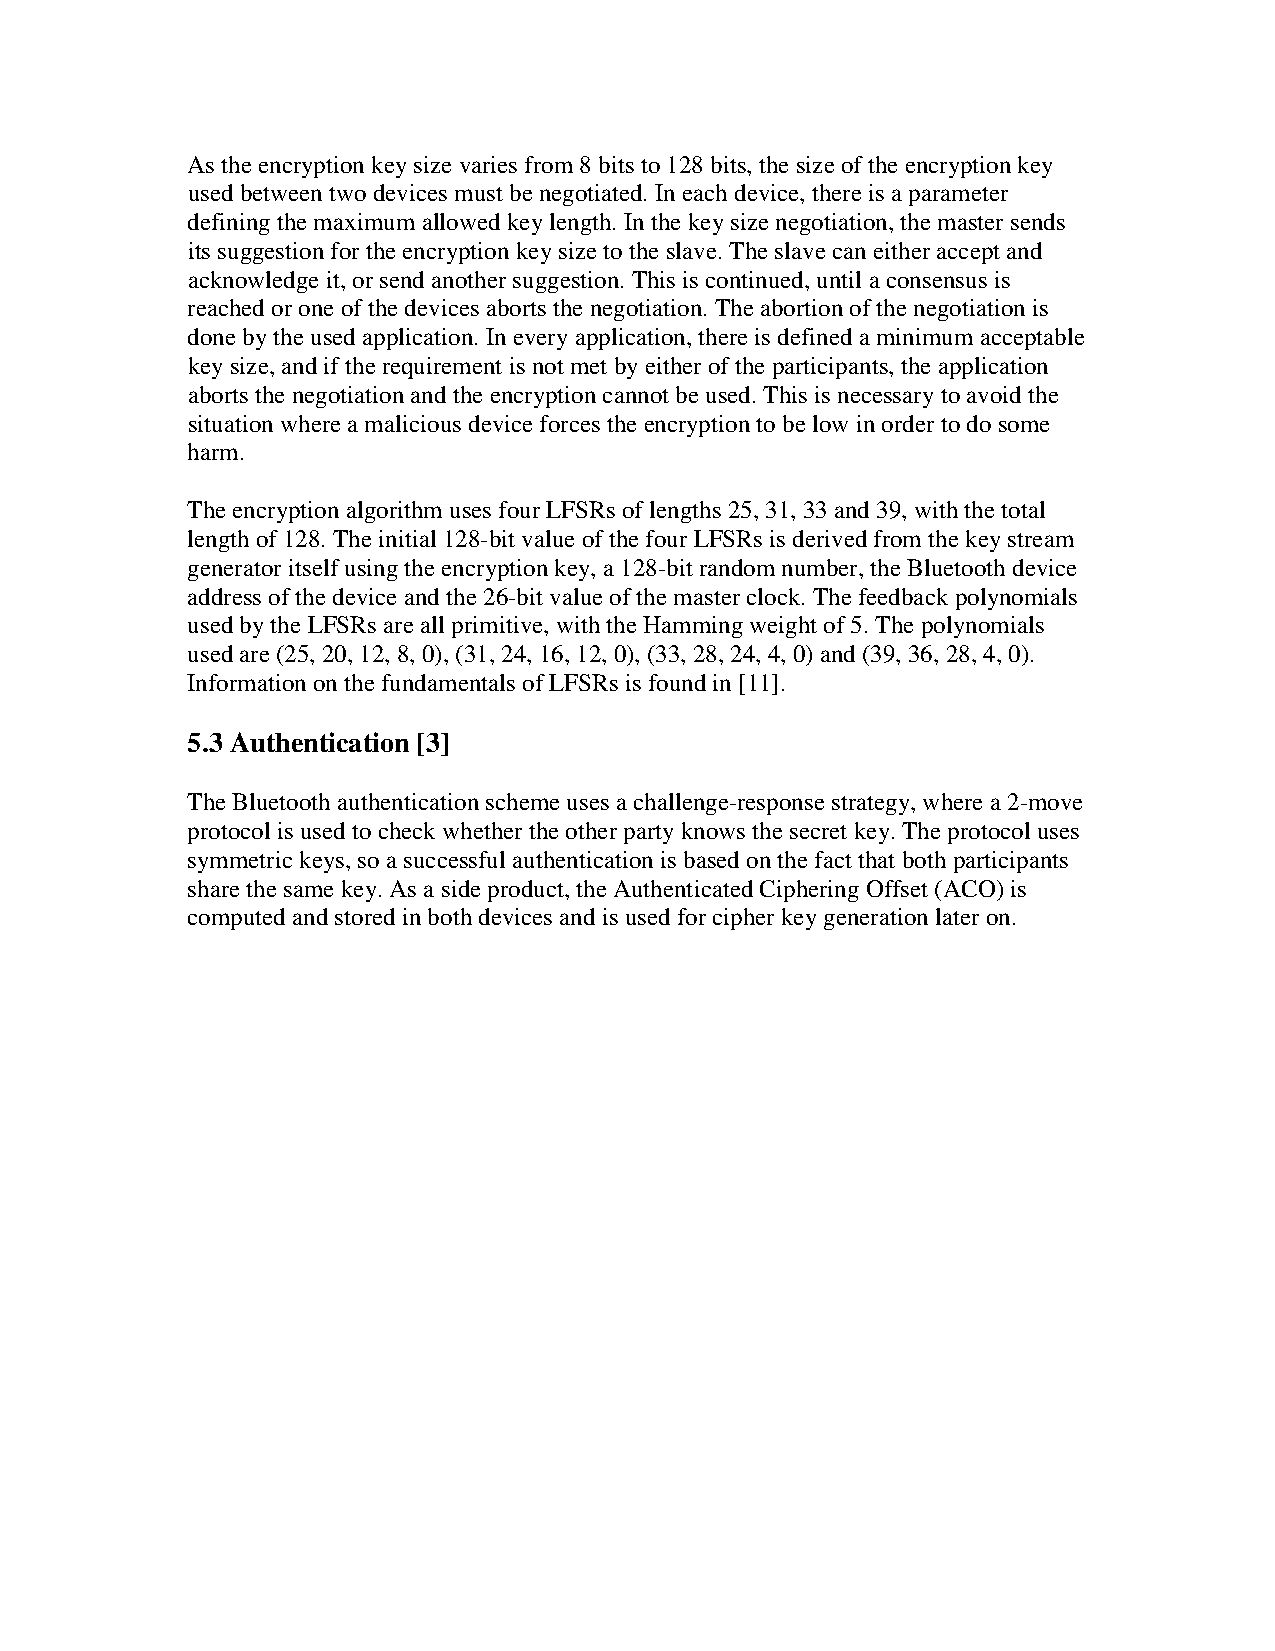
As the encryption key size varies from 8 bits to 128 bits, the size of the encryption key
 used between two devices must be negotiated. In each device, there is a parameter
 defining the maximum allowed key length. In the key size negotiation, the master sends
 its suggestion for the encryption key size to the slave. The slave can either accept and
 acknowledge it, or send another suggestion. This is continued, until a consensus is
 reached or one of the devices aborts the negotiation. The abortion of the negotiation is
 done by the used application. In every application, there is defined a minimum acceptable
 key size, and if the requirement is not met by either of the participants, the application
 aborts the negotiation and the encryption cannot be used. This is necessary to avoid the
 situation where a malicious device forces the encryption to be low in order to do some
 harm.
 The encryption algorithm uses four LFSRs of lengths 25, 31, 33 and 39, with the total
 length of 128. The initial 128-bit value of the four LFSRs is derived from the key stream
 generator itself using the encryption key, a 128-bit random number, the Bluetooth device
 address of the device and the 26-bit value of the master clock. The feedback polynomials
 used by the LFSRs are all primitive, with the Hamming weight of 5. The polynomials
 used are (25, 20, 12, 8, 0), (31, 24, 16, 12, 0), (33, 28, 24, 4, 0) and (39, 36, 28, 4, 0).
 Information on the fundamentals of LFSRs is found in [11].
 5.3 Authentication [3]
 The Bluetooth authentication scheme uses a challenge-response strategy, where a 2-move
 protocol is used to check whether the other party knows the secret key. The protocol uses
 symmetric keys, so a successful authentication is based on the fact that both participants
 share the same key. As a side product, the Authenticated Ciphering Offset (ACO) is
 computed and stored in both devices and is used for cipher key generation later on.